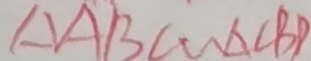
\Delta A B C \sim \Delta C B D